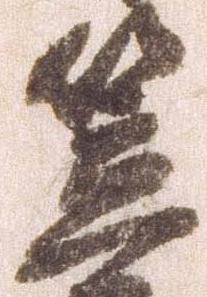
笠